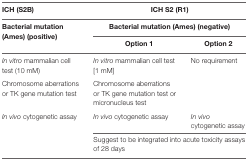
<table><thead><tr><td><b>ICH (S2B)</b></td><td colspan="2"><b>ICH S2 (R1)</b></td></tr><tr><td rowspan="2"><b>Bacterial mutation (Ames) (positive)</b></td><td colspan="2"><b>Bacterial mutation (Ames) (negative)</b></td></tr><tr><td><b>Option 1</b></td><td><b>Option 2</b></td></tr></thead><tbody><tr><td><i>In vitro</i> mammalian cell test (10 mM)</td><td><i>In vitro</i> mammalian cell test [1 mM]</td><td rowspan="2">No requirement</td></tr><tr><td>Chromosome aberrations or TK gene mutation test</td><td>Chromosome aberrations or TK gene mutation test or micronucleus test</td></tr><tr><td rowspan="3"><i>In vivo</i> cytogenetic assay</td><td><i>In vivo</i> cytogenetic assay</td><td><i>In vivo</i> cytogenetic assay</td></tr><tr><td colspan="2">Suggest to be integrated into acute toxicity assays of 28 days</td></tr></tbody></table>